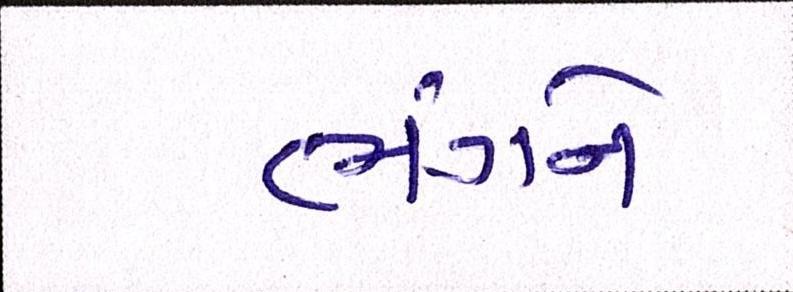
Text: ભંગને